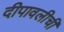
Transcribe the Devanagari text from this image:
दीपावलीची